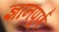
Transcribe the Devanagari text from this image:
ज्ञानपूर्ण